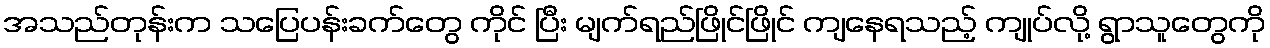
အသည်တုန်းက သပြေပန်းခက်တွေ ကိုင် ပြီး မျက်ရည်ဖြိုင်ဖြိုင် ကျနေရသည့် ကျုပ်လို့ ရွာသူတွေကို